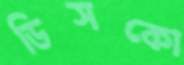
ডিসকো